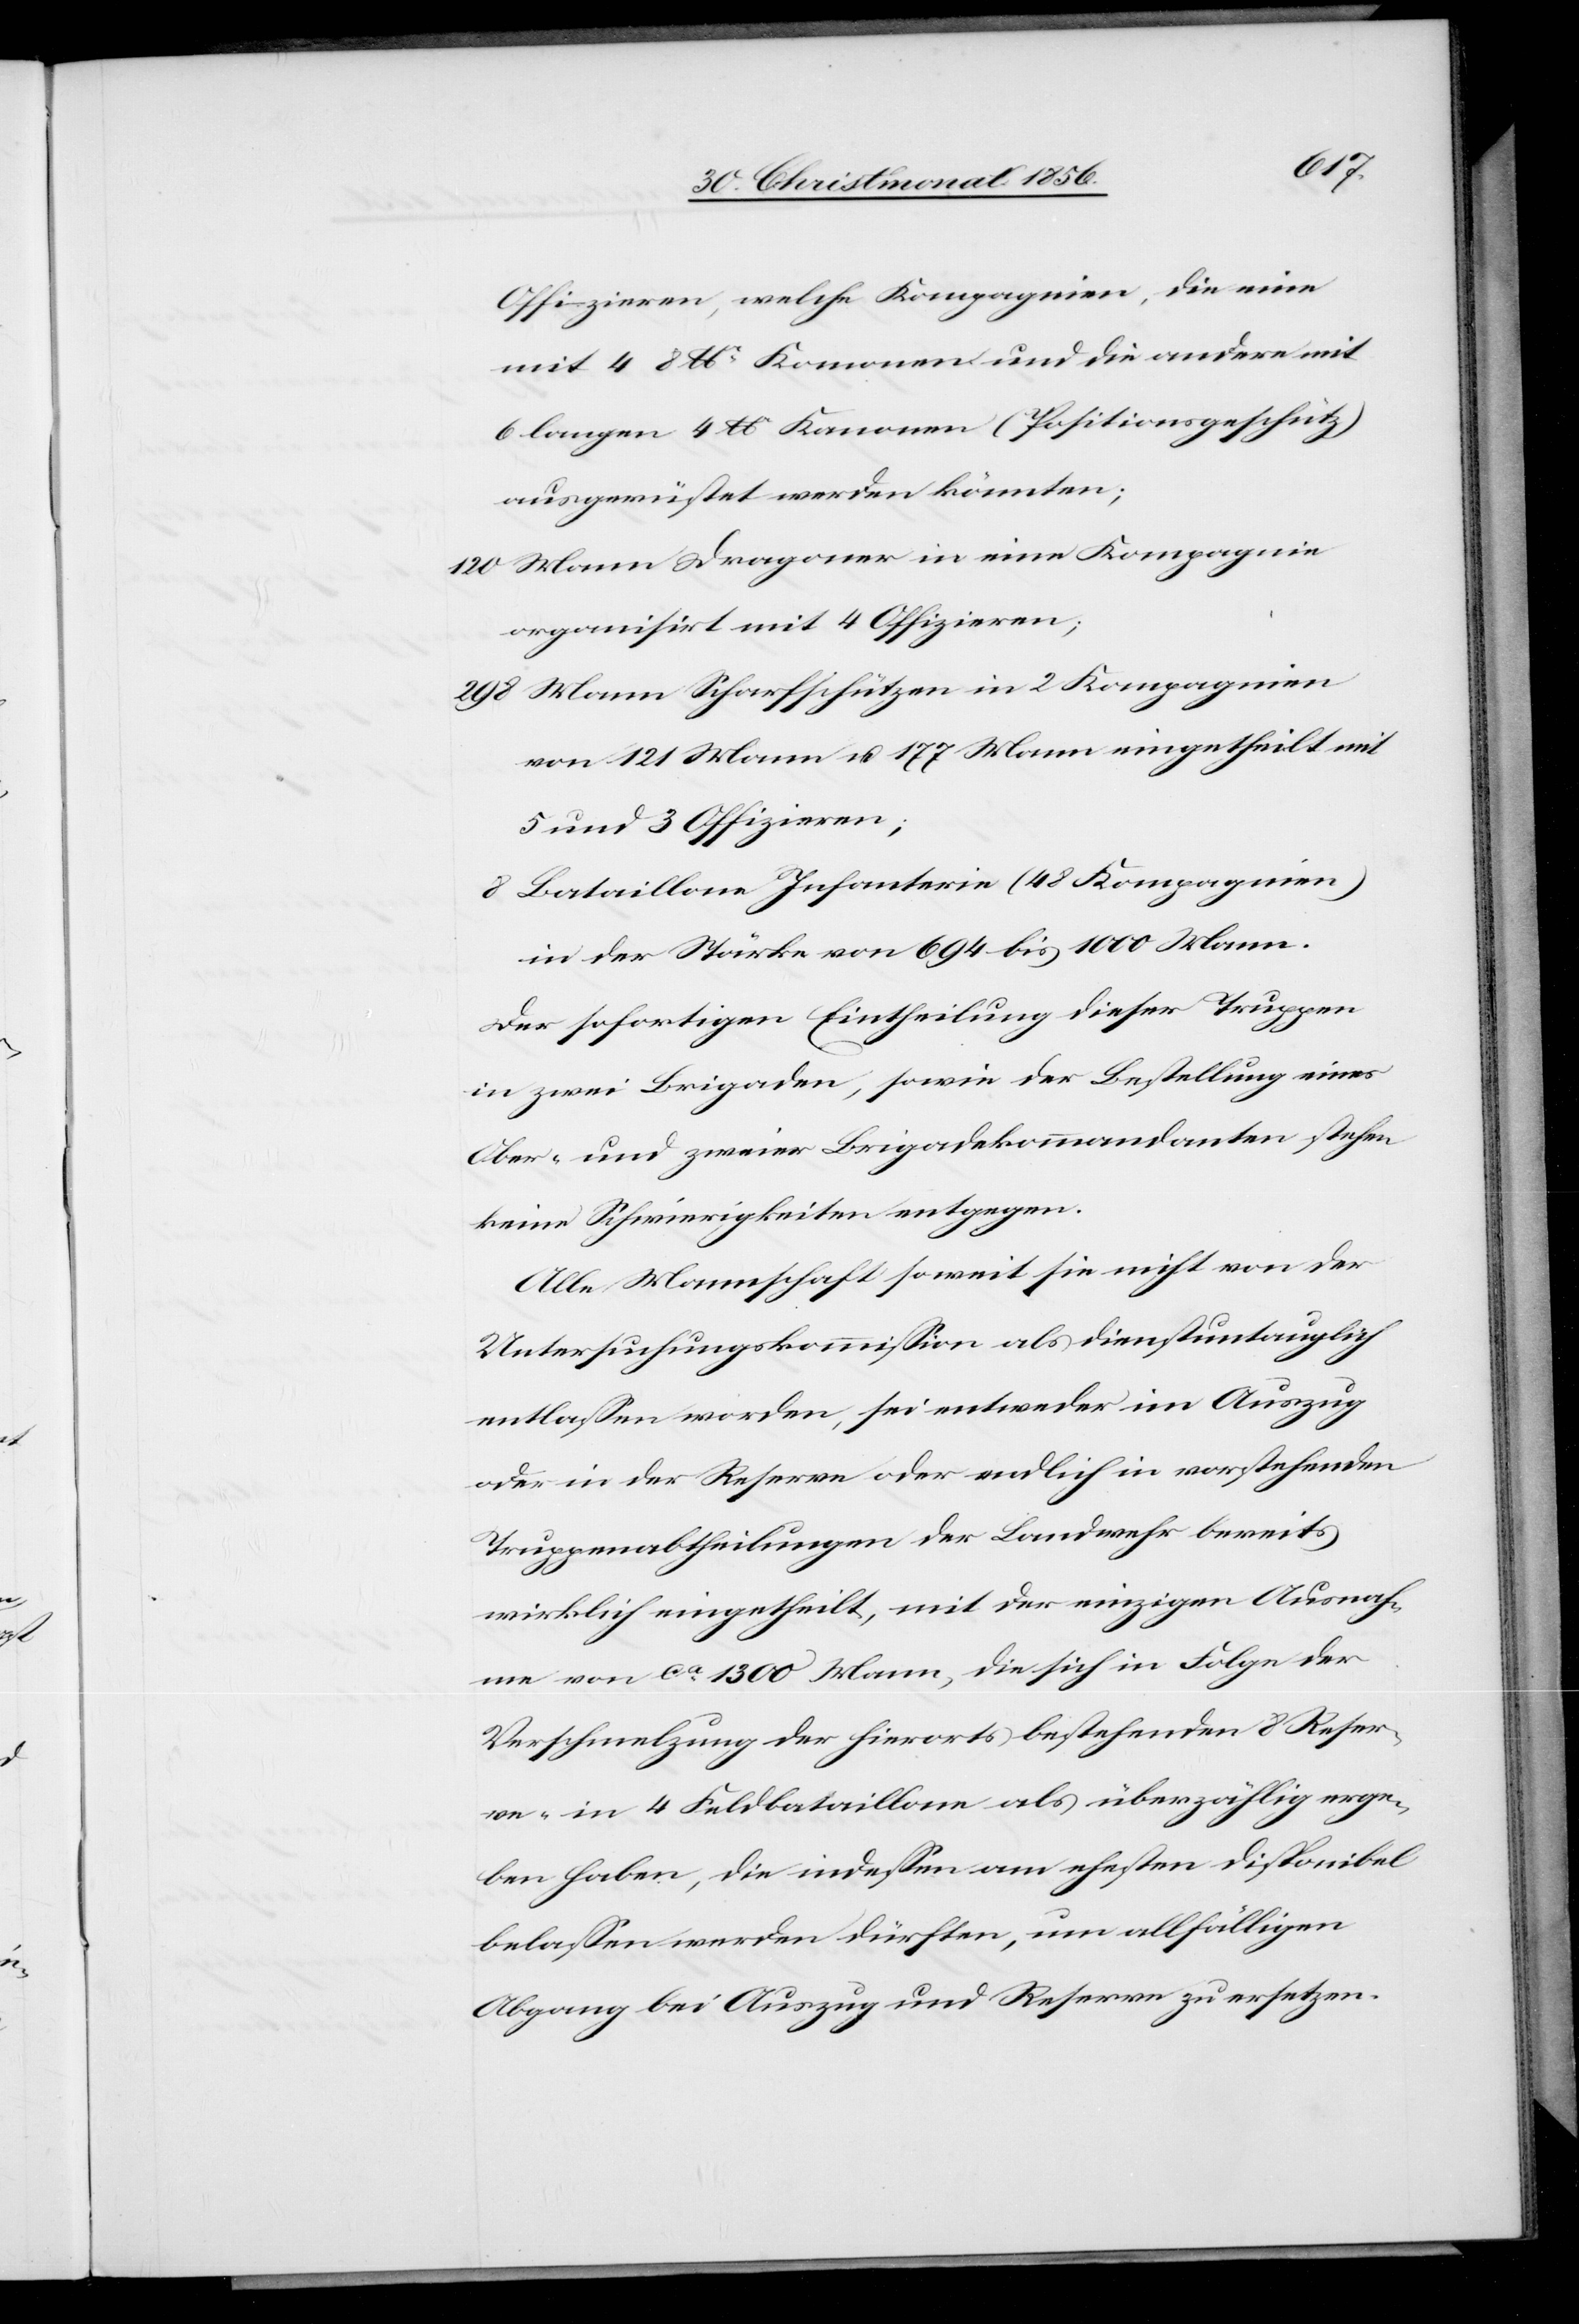
Offizieren, welche Kompagnien, die eine
mit 4 8 lbr Kanonen und die andere mit
6 langen 4 lbr Kanonen (Positionsgeschütz)
ausgerüstet werden könnten;
120 Mann Dragoner in eine Kompagnie
organisirt mit 4 Offizieren;
298 Mann Scharfschützen in 2 Kompagnien
von 121 Mann u. 177 Mann eingetheilt mit
5 und 3 Offizieren;
8 Bataillone Infanterie (48 Kompagnien)
in der Stärke von 694 bis 1000 Mann.
Der sofortigen Eintheilung dieser Truppen
in zwei Brigaden, sowie der Bestellung eines
Ober- und zweier Brigadekommandanten stehen
keine Schwierigkeiten entgegen.
Alle Mannschaft soweit sie nicht von der
Untersuchungskommission als dienstuntauglich
entlassen worden, sei entweder im Auszug
oder in der Reserve oder endlich in vorstehenden
Truppenabtheilungen der Landwehr bereits
wirklich eingetheilt, mit der einzigen Ausnah¬
me von ca 1300 Mann, die sich in Folge der
Verschmelzung der hierorts bestehenden 8 Reser¬
ve- in 4 Feldbataillone als überzählig erge¬
ben haben, die indessen am ehesten disponibel
belassen werden dürften, um allfälligen
Abgang bei Auszug und Reserve zu ersetzen.